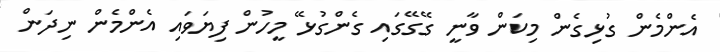
އެންމެން ގުޅިގެން މިކަން ވާނީ ގޭގޭގައި ގެންގުޅޭ މީހުން ފިޔަވައި އެންމެން ނިދަން